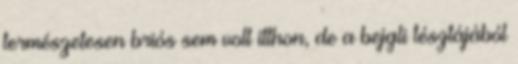
természetesen briós sem volt itthon, de a bejgli tésztájából